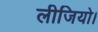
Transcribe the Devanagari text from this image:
लीजियो।